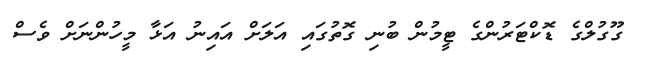
ގޫގުލްގެ ޑޮކްޓަރުންގެ ޓީމުން ބުނި ގޮތުގައި އަލަށް އައިނު އަޅާ މީހުންނަށް ވެސް